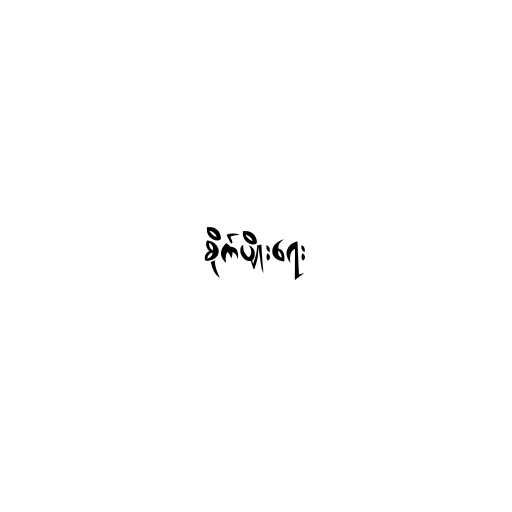
စိုက်ပျိုးရေး